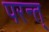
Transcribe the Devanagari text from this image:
परन्त्